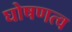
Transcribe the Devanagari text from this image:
घोषणत्व